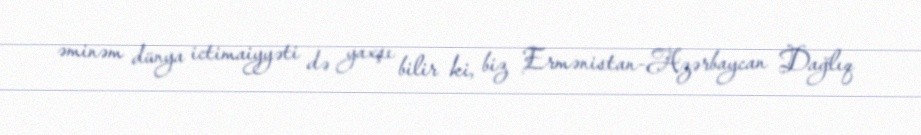
əminəm dünya ictimaiyyəti də yaxşı bilir ki, biz Ermənistan-Azərbaycan Dağlıq